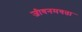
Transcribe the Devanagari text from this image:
जीवनमयता